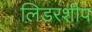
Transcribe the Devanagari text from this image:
लिडरशीप